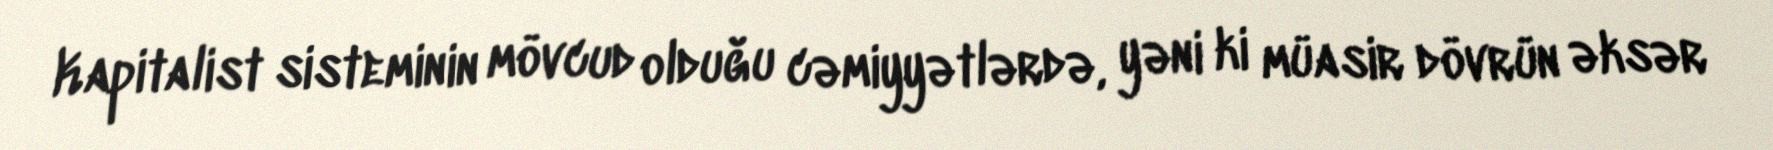
Kapitalist sisteminin mövcud olduğu cəmiyyətlərdə, yəni ki müasir dövrün əksər